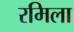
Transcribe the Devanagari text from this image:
रमिला